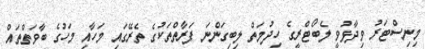
މިނިސްޓަރު ވިދާޅުވީ ލެބޯޓްރީގެ ހިދުމަތް ލިބިގަންނަ ފަރާތްތަކުގެ ތެރޭގައި މަހާއި މަހުގެ ބާވަތްތައް